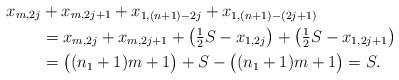
LaTeX: \begin{align*}x_{m,2j} &+ x_{m,2j+1} + x_{1,(n+1)-2j} + x_{1,(n+1)-(2j+1)} \\&= x_{m,2j} + x_{m,2j+1} + \bigl( \tfrac{1}{2} S - x_{1,2j} \bigr) + \bigl( \tfrac{1}{2} S - x_{1,2j+1} \bigr) \\&= \bigl( (n_1 +1 )m +1 \bigr) + S - \bigl( (n_1 +1) m +1 \bigr) =S.\end{align*}